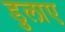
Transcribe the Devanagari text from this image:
डुलाए